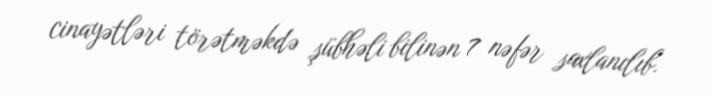
cinayətləri törətməkdə şübhəli bilinən 7 nəfər saxlanılıb.